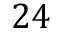
2 4